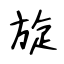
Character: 旋